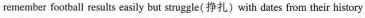
remember football resuits easily but struggle( 挣扎)with dates from their history